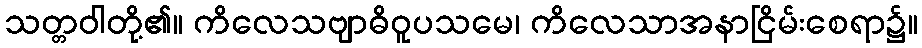
သတ္တဝါတို့၏။ ကိလေသဗျာဓိဝူပသမေ၊ ကိလေသာအနာငြိမ်းစေရာ၌။